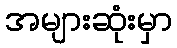
အများဆုံးမှာ